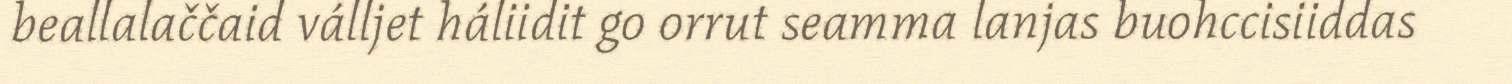
beallalaččaid válljet háliidit go orrut seamma lanjas buohccisiiddas